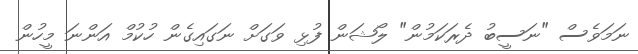
ނަމަވެސް "ނަސީބު ދެރަކަމުން" ލޯޝަން ފުޅި ވަގަށް ނަގައިގެން ހުކުމް އަންނަ މީހުން